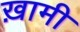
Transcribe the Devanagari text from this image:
ख़ामी